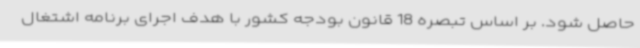
حاصل شود. بر اساس تبصره 18 قانون بودجه کشور با هدف اجرای برنامه اشتغال